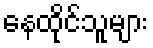
နေထိုင်သူများ